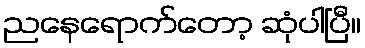
ညနေရောက်တော့ ဆုံပါပြီ။